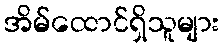
အိမ်ထောင်ရှိသူများ